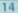
14